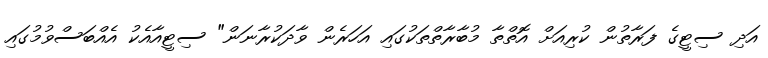
އަދި ސިޓީގެ ފަރާތުން ކުރިއަށް އޮތްތާ މުބާރާތްތަކުގައި އަހަރެން ވާދަކުރާނަން" ސިޓީއާއެކު އެއްބަސްވުމުގައި